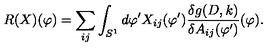
R ( X ) ( \varphi ) = \sum _ { i j } \int _ { S ^ { 1 } } d \varphi ^ { \prime } X _ { i j } ( \varphi ^ { \prime } ) \frac { \delta g ( D , k ) } { \delta A _ { i j } ( \varphi ^ { \prime } ) } ( \varphi ) .